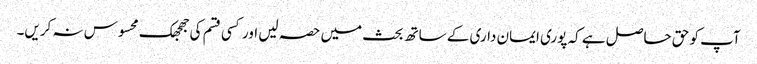
آپ کو حق حاصل ہے کہ پوری ایمان داری کے ساتھ بحث میں حصہ لیں اور کسی قسم کی جھجھک محسوس نہ کریں۔